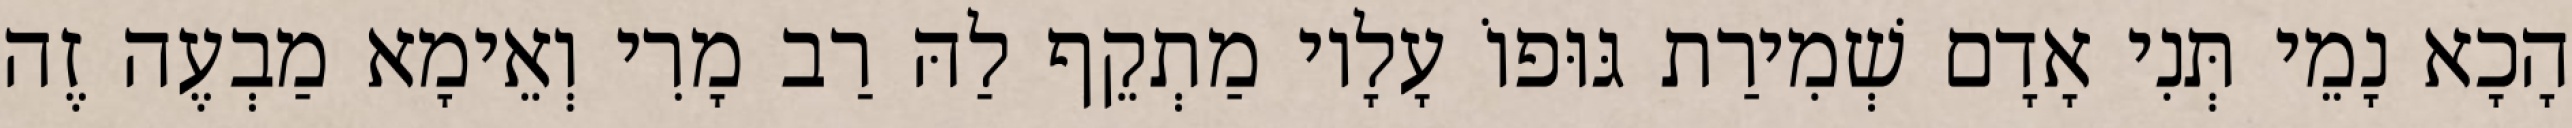
הָכָא נָמֵי תְּנִי אָדָם שְׁמִירַת גּוּפוֹ עָלָיו מַתְקֵף לַהּ רַב מָרִי וְאֵימָא מַבְעֶה זֶה